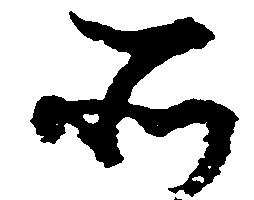
所